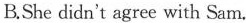
B.She didn't agree with Sam.